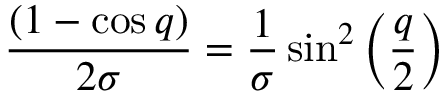
\frac { ( 1 - \cos q ) } { 2 \sigma } = \frac { 1 } { \sigma } \sin ^ { 2 } \left( \frac { q } { 2 } \right)